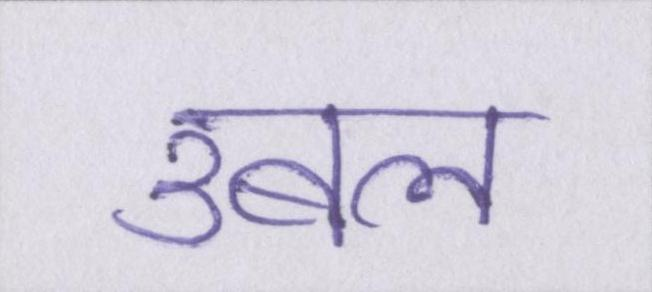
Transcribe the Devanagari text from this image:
उबल